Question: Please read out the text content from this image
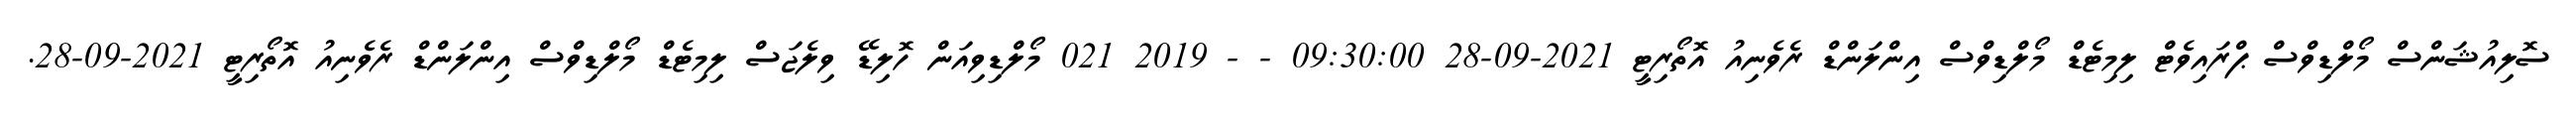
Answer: ސޮލިއުޝަންސް މޯލްޑިވްސް ޕްރައިވެޓް ލިމިޓެޑް މޯލްޑިވްސް އިންލަންޑް ރެވެނިއު އޮތޯރިޓީ 2021-09-28 09:30:00 - - 2019 021 މޯލްޑިވިއަން ހޮލިޑޭ ވިލެޖަސް ލިމިޓެޑް މޯލްޑިވްސް އިންލަންޑް ރެވެނިއު އޮތޯރިޓީ 2021-09-28.